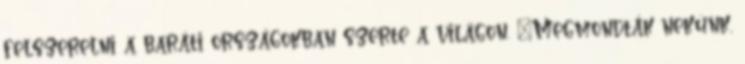
felszerelni a baráti országokban szerte a világon. „Megmondták nekünk,